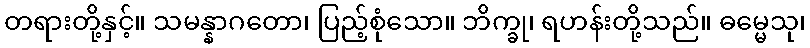
တရားတို့နှင့်။ သမန္နာဂတော၊ ပြည့်စုံသော။ ဘိက္ခု၊ ရဟန်းတို့သည်။ ဓမ္မေသု၊